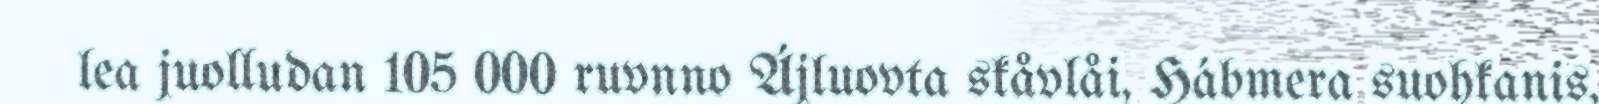
lea juolludan 105 000 ruvnno Ájluovta skåvlåi, Hábmera suohkanis,